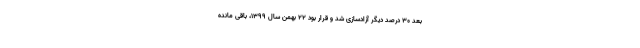
بعد ۳۰ درصد دیگر آزادسازی شد و قرار بود ۲۲ بهمن سال ۱۳۹۹، باقی مانده